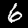
Label: 6